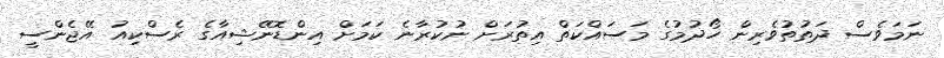
ނަމަވެސް ދަތުތުވެރިން ހޯދުމުގެ މަސައްކަތް އިތުރަށް ނުކުރާނެ ކަމަށް އިންޑޮނޭޝިއާގެ ރެސްކިއު އޭޖެންސީ